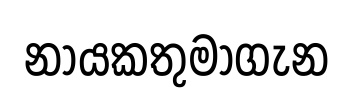
නායකතුමාගැන